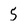
Character: 5